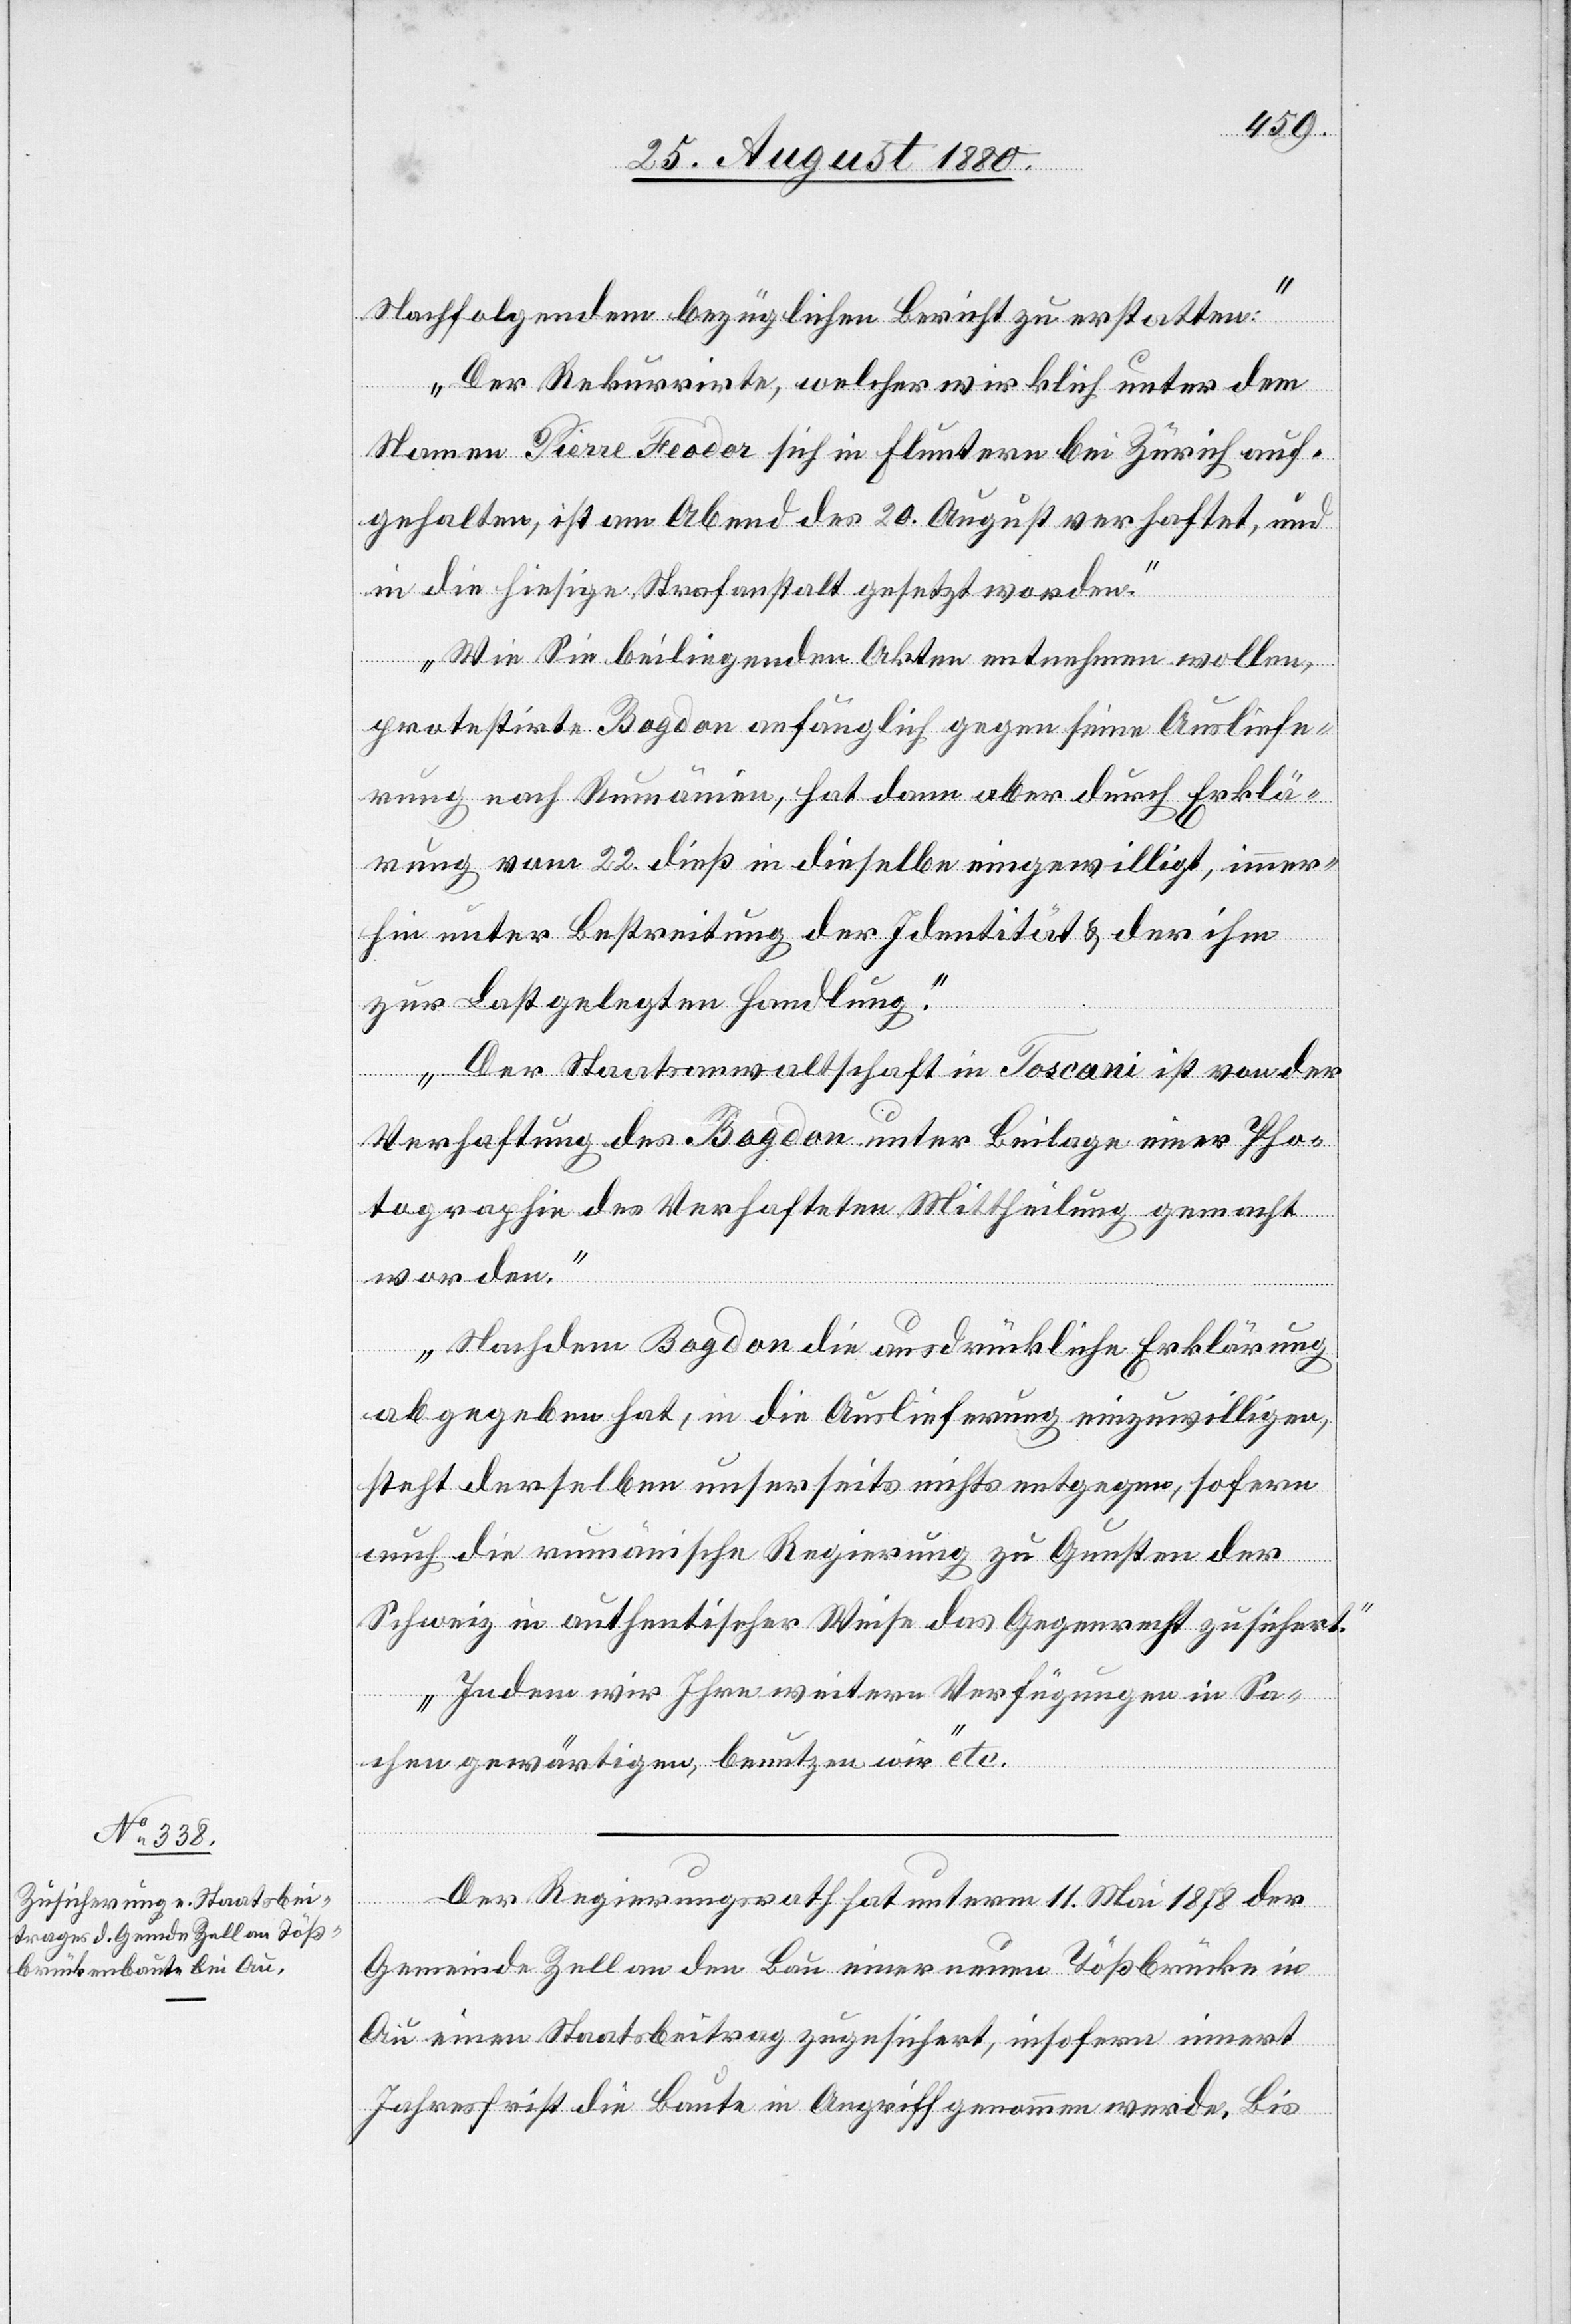
Nachfolgendem bezüglichen Bericht zu erstatten:
Der Rekurrirte, welcher wirklich unter dem
Namen Pierre Theodor sich in Fluntern bei Zürich auf¬
gehalten, ist am Abend des 20. August verhaftet, und
in die hiesige Strafanstalt gesetzt worden.
Wie Sie beiliegenden Akten entnehmen wollen,
protestirte Bogdan anfänglich gegen seine Ausliefe¬
rung nach Rumänien, hat dann aber durch Erklä¬
rung vom 22. dieß in dieselbe eingewilligt, immer¬
hin unter Bestreitung der Identität & der ihm
zur Last gelegten Handlung.
Der Staatsanwaltschaft in Toscani ist von der
Verhaftung des Bogdan unter Beilage einer Pho¬
tographie des Verhafteten Mittheilung gemacht
worden.
Nachdem Bogdan die ausdrückliche Erklärung
abgegeben hat, in die Auslieferung einzuwilligen,
steht derselben unserseits nichts entgegen, sofern
auch die rumänische Regierung zu Gunsten der
Schweiz in authentischer Weise das Gegenrecht zusichert.
Indem wir Ihre weitern Verfügungen in Sa¬
chen gewärtigen, benutzen wir“ etc.
Der Regierungsrath hat unterm 11. Mai 1878 der
Gemeinde Zell an den Bau einer neuen Tößbrücke in
Au einen Staatsbeitrag zugesichert, insofern innert
Jahresfrist die Baute in Angriff genommen werde. Bis